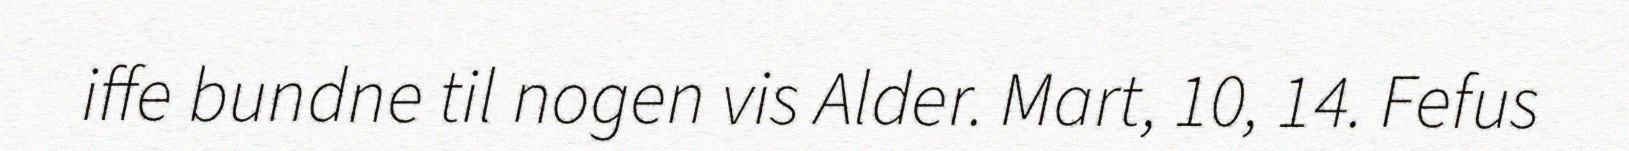
iffe bundne til nogen vis Alder. Mart, 10, 14. Fefus